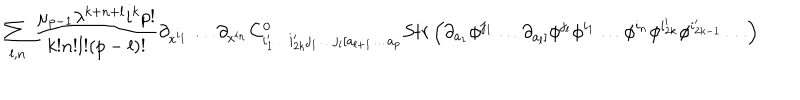
LaTeX: \sum _ { l , n } \frac { \mu _ { p - 1 } \lambda ^ { k + n + l } i ^ { k } p ! } { k ! n ! l ! ( p - l ) ! } \partial _ { x ^ { i _ { 1 } } } \ldots \partial _ { x ^ { i _ { n } } } C _ { i _ { 1 } ^ { \prime } \ldots i _ { 2 k } ^ { \prime } j _ { 1 } \ldots j _ { l } [ a _ { l + 1 } \ldots a _ { p } } ^ { 0 } S t r \left( \partial _ { a _ { 1 } } \phi ^ { j _ { 1 } } \ldots \partial _ { a _ { l } ] } \phi ^ { j _ { l } } \phi ^ { i _ { 1 } } \ldots \phi ^ { i _ { n } } \phi ^ { i _ { 2 k } ^ { \prime } } \phi ^ { i _ { 2 k - 1 } ^ { \prime } } \ldots \right)